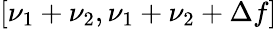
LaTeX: [\nu_{1}+\nu_{2},\nu_{1}+\nu_{2}+\Delta f]